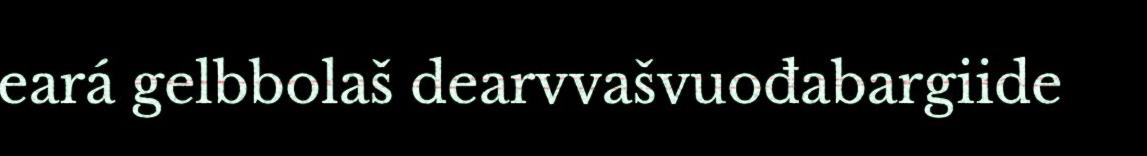
eará gelbbolaš dearvvašvuođabargiide